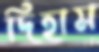
দিহাম